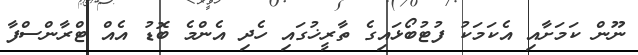
ނޫން ކަމަށާއި އެކަމަކު ފުޓުބޯޅައިގެ ތާރީޚުގައި ހެދި އެންމެ ބޮޑު އެއް ޓްރާންސްފާ